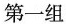
第一组